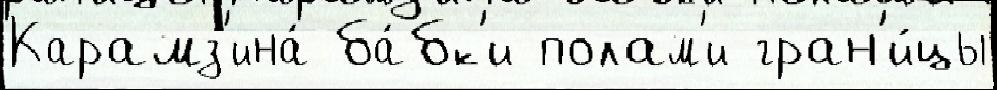
Карамз'ина́ ба́бк'и полам'и гран'и́цы